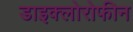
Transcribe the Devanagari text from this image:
डाइक्लोरोफीन